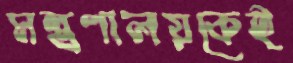
মন্ত্রণালয়কেই